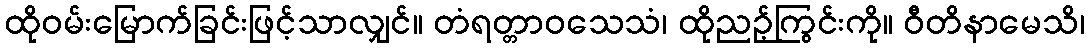
ထိုဝမ်းမြောက်ခြင်းဖြင့်သာလျှင်။ တံရတ္တာဝသေသံ၊ ထိုညဉ့်ကြွင်းကို။ ဝီတိနာမေသိ၊